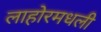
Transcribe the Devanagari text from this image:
लाहोरमधली